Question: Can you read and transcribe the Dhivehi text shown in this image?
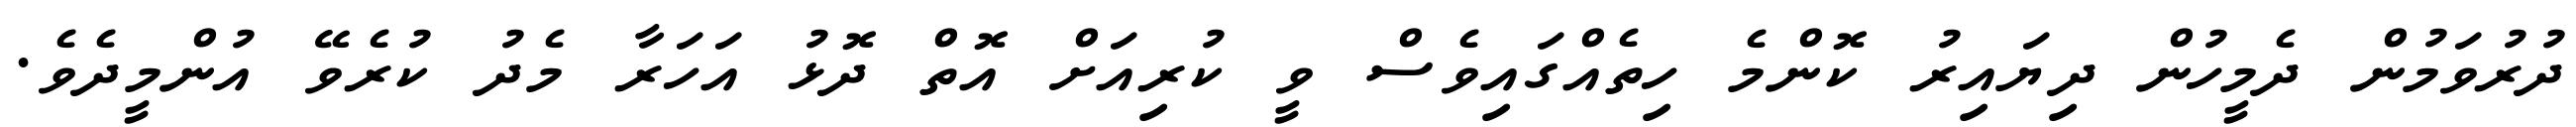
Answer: ދުރުވަމުން ދެމީހުން ދިޔައިރު ކޮންމެ ހިތެއްގައިވެސް ވީ ކުރިއަށް އޮތް ދޮޅު އަހަރާ މެދު ކުރެވޭ އުންމީދެވެ.